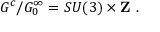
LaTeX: { \cal G } ^ { c } / { \cal G } _ { 0 } ^ { \infty } = S U ( 3 ) \times { \bf Z \ } .